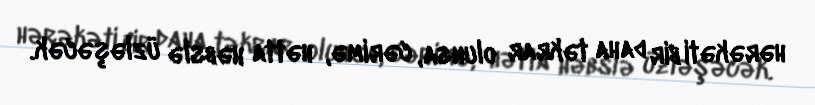
hərəkəti bir daha təkrar olunsa, cərimə, hətta həbslə üzləşəcək.